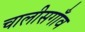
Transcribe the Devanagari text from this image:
चालीसगाँव